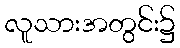
လူသားအတွင်း၌